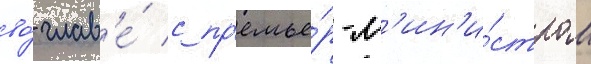
во́ глав'е́ с пр'емье́р-м'ин'и́стром